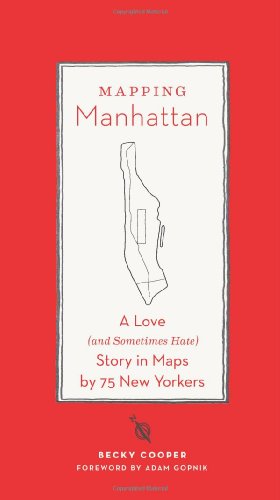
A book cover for Mapping Manhattan: A Love (and Sometimes Hate) Story in Maps by 75 New Yorkers; Becky Cooper; Arts & Photography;